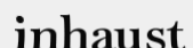
inhaust